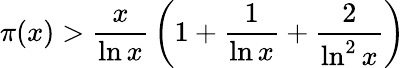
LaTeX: \pi(x)>{\frac{x}{\ln x}}\left(1+{\frac{1}{\ln x}}+{\frac{2}{\ln^{2}x}}\right)